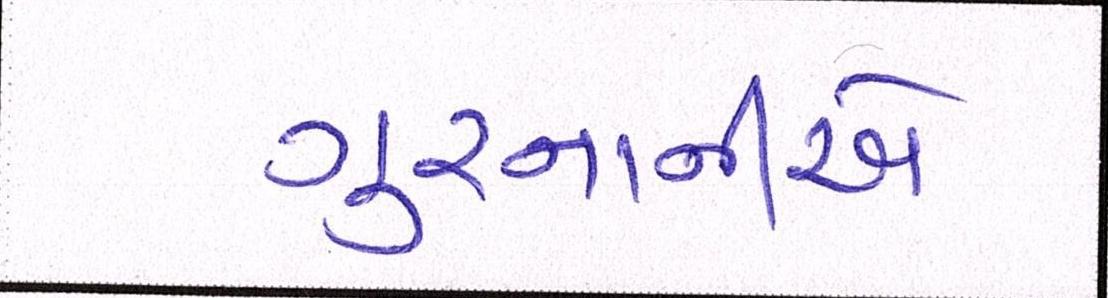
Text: ગુરનાનીએ